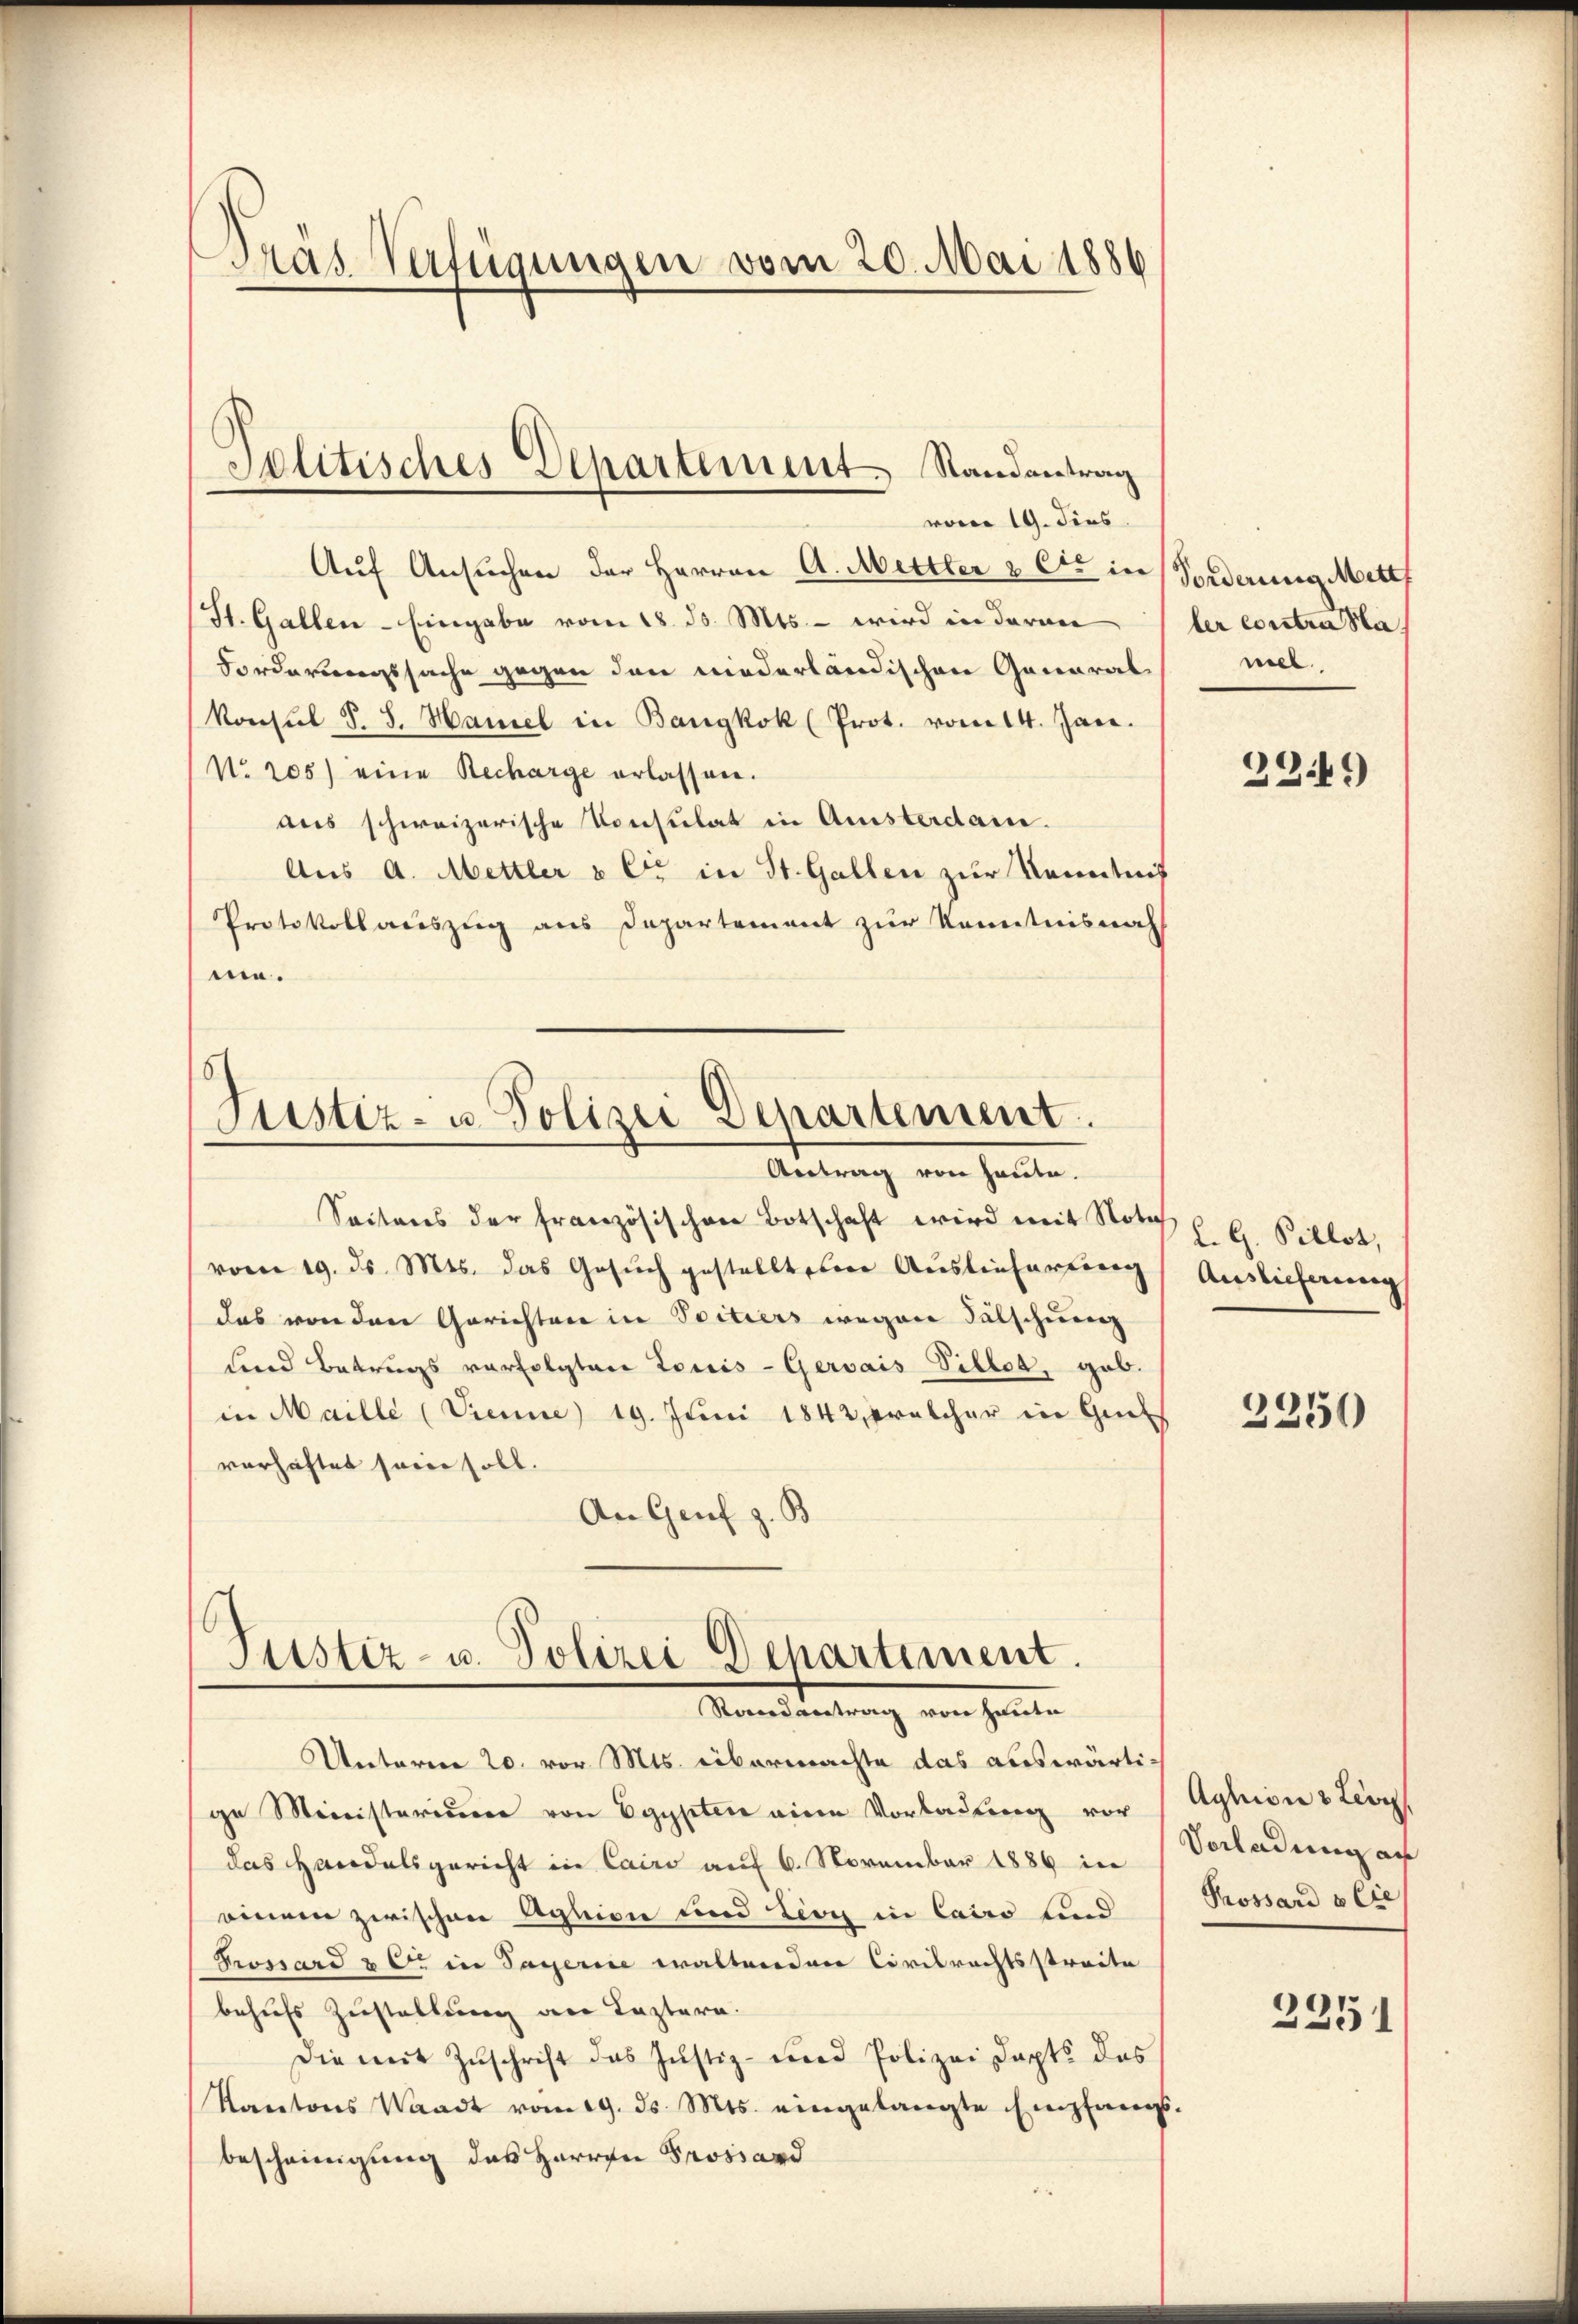
Pras Verfügungen vom 20. Mai 1886

Auf Ansuchen der Herren A. Mettler & Cie in Forderung Mitt
(St. Gallen - Eingabe vom 18. ds. Mts. – wird in daran
Forderungssache gegen den niederländischen General¬
Konsul S. S. Hamel in Bangkok (Prot. vom 14. Jan.
No. 205) eine Recharge erlassen.
aus schweizerische Konsulat in Amsterdame.
Aus A. Mettler & Cie in St. Gallen zur Kenntniß
Protokollauszug aus Departement zur Kenntnisnah
me.

Jolitisches Departement Randantrag
vom 19. dies

Justiz- u. Polizei Departement.
Antrag von heute.
Seiteres der französischen Botschaft wird mit Notiz z. B. Sillet,

(vom 19. ds. Mts. das Gesŭch gestellten Auslieferung
das von den Gerichten in Spitiers wegen Fälschung
und Betrags verfolgten Louis-Gervais Villet, gab.
in Maille (Vienne) 19. Juni 1842, welcher in Gevorhaftet sein soll.
An Genf z. B.

Justiz- u. Polizei Departement.
Manwendung von Hinten

Unteren 20. vor Mts. übermachte das auswärtige Ministerium von Egypten eine Vorladung vor (Aghion & Lioy
das Handelsgericht in Cairo auf 6. November 1889 in
einem zwischen Aghion und Lioy in Cairo und
Prossard & 6. in Sagerin waltenden Civilrechtsstreite
behufs Zustellung an Leztern.
Die mit Zŭschrift das Justiz- und Polizei dapts des
Kantons Waadt vom 19. ds. Mts. eingelangte Empfangs-
bescheinigung des Herren Prossard

ler contra sta
niel

3349)

Auslieferung

3350

Vorladung an
Prossard & Cie

2251